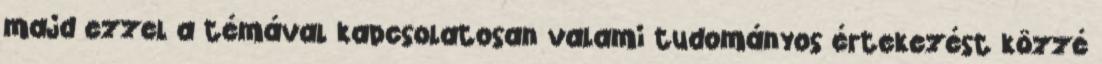
majd ezzel a témával kapcsolatosan valami tudományos értekezést közzé